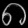
Digit: ၈